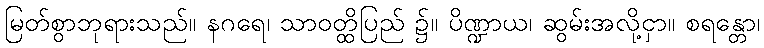
မြတ်စွာဘုရားသည်။ နဂရေ၊ သာဝတ္ထိပြည် ၌။ ပိဏ္ဍာယ၊ ဆွမ်းအလို့ငှာ။ စရန္တော၊